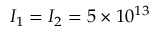
I _ { 1 } = I _ { 2 } = 5 \times 1 0 ^ { 1 3 }